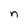
Character: n